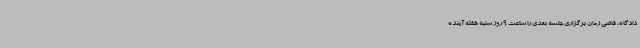
دادگاه، قاضی زمان برگزاری جلسه بعدی را ساعت 9 روز شنبه هفته آینده